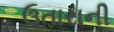
ઉતારાની